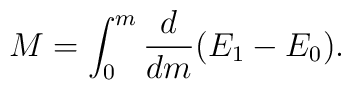
M = \int_0^m {d\over dm} ( E_{1} - E_{0} ).